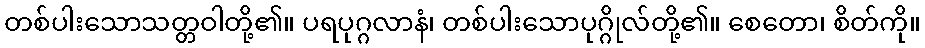
တစ်ပါးသောသတ္တဝါတို့၏။ ပရပုဂ္ဂလာနံ၊ တစ်ပါးသောပုဂ္ဂိုလ်တို့၏။ စေတော၊ စိတ်ကို။